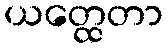
ယတ္ထေတာ